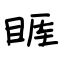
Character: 睚